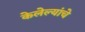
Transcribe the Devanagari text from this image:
केलेल्यांचे